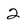
Character: 2